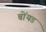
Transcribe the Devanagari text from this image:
बोंयड